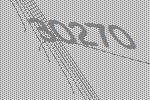
30270